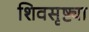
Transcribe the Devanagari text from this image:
शिवसृष्ट्या